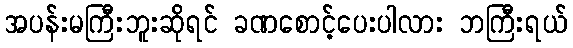
အပန်းမကြီးဘူးဆိုရင် ခဏစောင့်ပေးပါလား ဘကြီးရယ်